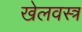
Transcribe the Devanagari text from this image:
खेलवस्त्र